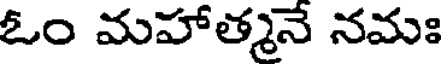
ఓం మహాత్మనే నమః